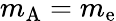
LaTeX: m_{\mathrm{A}}=m_{\mathrm{e}}